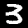
Label: 3